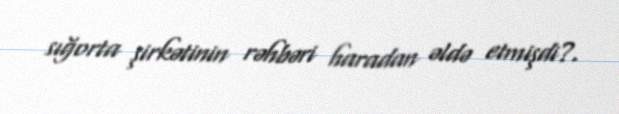
sığorta şirkətinin rəhbəri haradan əldə etmişdi?.